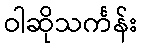
ဝါဆိုသင်္ကန်း